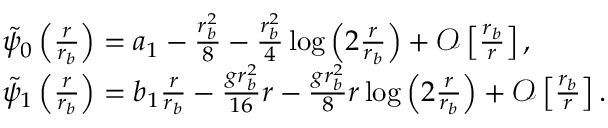
\begin{array} { r l } & { \tilde { \psi } _ { 0 } \left( \frac { r } { r _ { b } } \right) = a _ { 1 } - \frac { r _ { b } ^ { 2 } } { 8 } - \frac { r _ { b } ^ { 2 } } { 4 } \log \left( 2 \frac { r } { r _ { b } } \right) + \mathcal { O } \left[ \frac { r _ { b } } { r } \right] , } \\ & { \tilde { \psi } _ { 1 } \left( \frac { r } { r _ { b } } \right) = b _ { 1 } \frac { r } { r _ { b } } - \frac { g r _ { b } ^ { 2 } } { 1 6 } r - \frac { g r _ { b } ^ { 2 } } { 8 } r \log \left( 2 \frac { r } { r _ { b } } \right) + \mathcal { O } \left[ \frac { r _ { b } } { r } \right] . } \end{array}